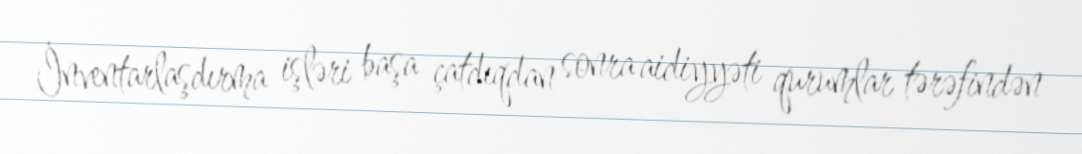
İnventarlaşdırma işləri başa çatdıqdan sonra aidiyyəti qurumlar tərəfindən